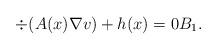
LaTeX: \begin{align*}\div(A(x) \nabla v) + h(x) = 0 B_1.\end{align*}